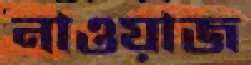
নাওয়াজ